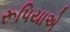
રૂપિયાએ